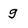
Character: g